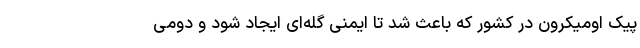
پیک اومیکرون در کشور که باعث شد تا ایمنی گله‌ای ایجاد شود و دومی